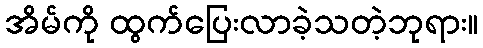
အိမ်ကို ထွက်ပြေးလာခဲ့သတဲ့ဘုရား။